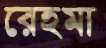
রেহমা